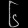
Digit: ၆